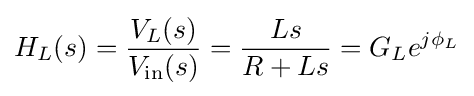
H_{L}(s)={\frac {V_{L}(s)}{V_{\mathrm {in} }(s)}}={\frac {Ls}{R+Ls}}=G_{L}e^{j\phi _{L}}